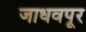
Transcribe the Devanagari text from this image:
जाधवपूर